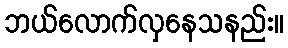
ဘယ်လောက်လှနေသနည်း။